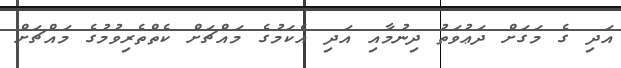
އަދި ގެ މަގަށް ދަޢުވަތު ދިނުމާއި އަދި އެކަމުގެ މައްޗަށް ކެތްތެރިވުމުގެ މައްޗަށް